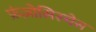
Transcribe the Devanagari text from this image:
फ्रंज़ोसिस्चेस